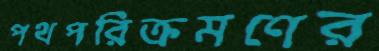
পথপরিক্রমণের